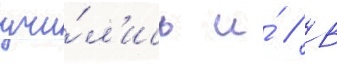
учи́л'ись и́ // В